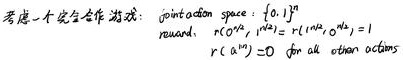
\begin{align*}
&\text{考虑一个完全合作游戏：}\\
&\text{joint - action space : }\{0,1\}^{10}\\
&\text{reward: }r(a^{1:10}) = 0\text{ for all }a^{0:10}, \text{ except }\\
&\qquad r(1^{1:10}) = 1\text{ for the action actions}
\end{align*}